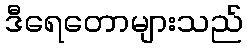
ဒီရေတောများသည်